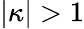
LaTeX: |\kappa|>1